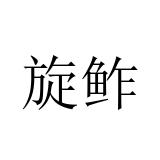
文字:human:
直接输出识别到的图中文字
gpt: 旋鲊